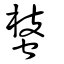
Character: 𧌔